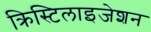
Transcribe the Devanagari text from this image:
क्रिस्टिलाइजेशन